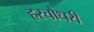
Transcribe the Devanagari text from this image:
हरचौधरी